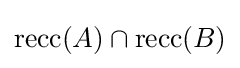
\operatorname {recc} (A)\cap \operatorname {recc} (B)